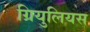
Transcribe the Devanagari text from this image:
ग्रियुलियस